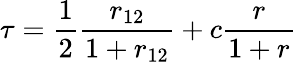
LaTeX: \tau=\frac{1}{2}\frac{r_{12}}{1+r_{12}}+c\frac{r}{1+r}